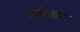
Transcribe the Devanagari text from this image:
मारेटान